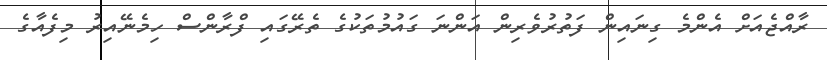
ރާއްޖެއަށް އެންމެ ގިނައިން ފަތުރުވެރިން އަންނަ ގައުމުތަކުގެ ތެރޭގައި ފްރާންސް ހިމެނޭއިރު މިފެއާގެ